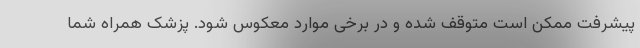
پیشرفت ممکن است متوقف شده و در برخی موارد معکوس شود. پزشک همراه شما